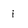
Character: i